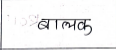
मजकूर: बालक